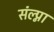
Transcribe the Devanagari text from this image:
संल्प्ना